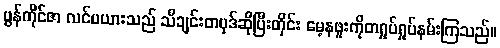
ဗွန်ကိုင်ဇာ လင်မယားသည် သီချင်းတပုဒ်ဆိုပြီးတိုင်း မေ့နဖူးကိုတရှုပ်ရှုပ်နမ်းကြသည်။